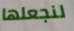
لنجعلها